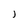
Character: 1